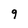
Character: 9